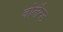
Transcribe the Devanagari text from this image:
वोलैन्ड